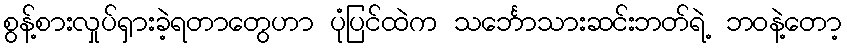
စွန့်စားလှုပ်ရှားခဲ့ရတာတွေဟာ ပုံပြင်ထဲက သင်္ဘောသားဆင်းဘတ်ရဲ့ ဘဝနဲ့တော့